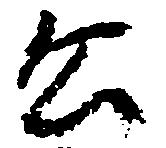
公